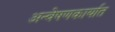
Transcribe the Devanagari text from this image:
अन्वेषणकार्यात